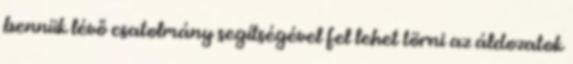
bennük lévő csatolmány segítségével fel lehet törni az áldozatok